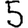
Digit: 5